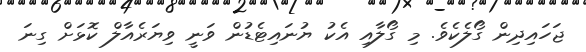
ޖަހައިދިން ގޯލެކެވެ. މި ގޯލާއި އެކު ޔުނައިޓެޑުން ވަނީ ވިޔަރެއާލް ކޮޅަށް ގިނަ